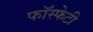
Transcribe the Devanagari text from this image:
फॉस्फेटी